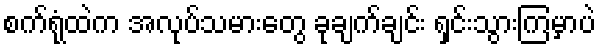
စက်ရုံထဲက အလုပ်သမားတွေ ခုချက်ချင်း ရှင်းသွားကြမှာပဲ